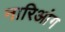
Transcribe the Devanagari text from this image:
नारिआंग